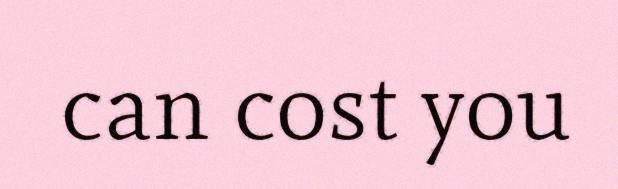
can cost you